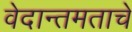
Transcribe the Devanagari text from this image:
वेदान्तमताचे